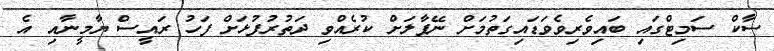
ސާކް ސަމިޓްގައި ބައިވެރިވެވަޑައިގަތުމަށް ނޭޕާލަށް ކުރެއްވި ދަތުރުފުޅަށް ފަހު ރައީސް ޔާމީނާއި އެ